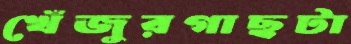
খেঁজুরগাছটা